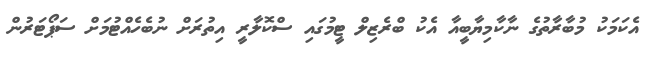
އެކަމަކު މުބާރާތުގެ ނާކާމިޔާބީއާ އެކު ބްރެޒިލް ޓީމުގައި ސްކޮލާރީ އިތުރަށް ނުބެހެއްޓުމަށް ސަޕޯޓަރުން